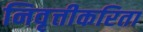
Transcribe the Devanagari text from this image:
निवृत्तीकरिता